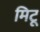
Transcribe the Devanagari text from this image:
मिटू